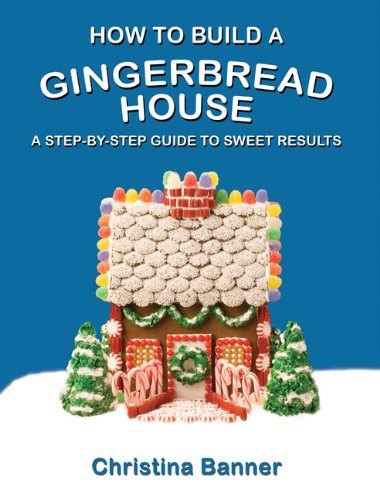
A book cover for How to Build a Gingerbread House: A Step-by-Step Guide to Sweet Results; Christina Banner; Crafts, Hobbies & Home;